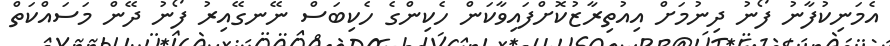
އެމަނިކުފާނު ފޯނު ދިނުމަށް އިއުތިރާޒުކޮށްފައިވާކަން ހެކިންގެ ހެކިބަސް ނޭނގޭއިރު ފޯނު ދޭން މަސައްކަތް